Indian journal of veterinary science and animal husbandry - Volume 4,
Year: 1934
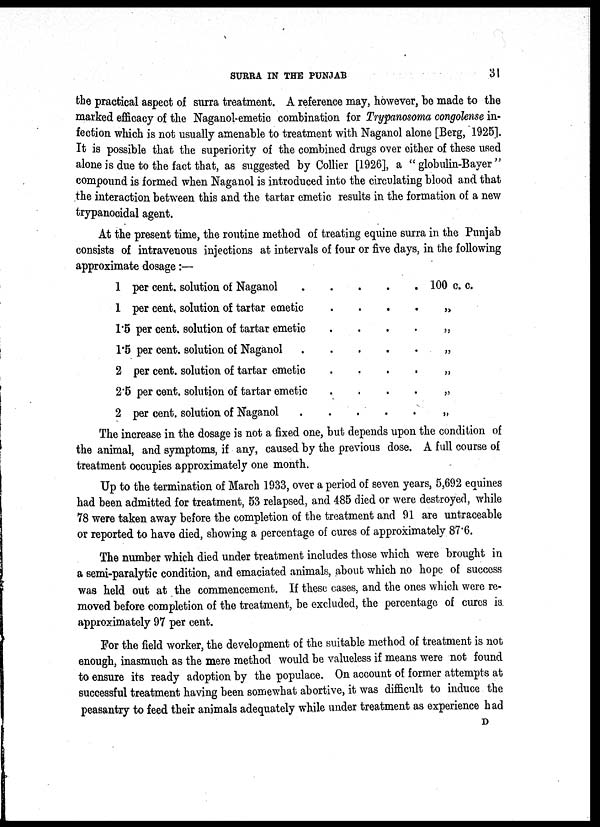
SURRA IN THE PUNJAB
31
the practical aspect of surra treatment. A reference may, however, be made to the
marked efficacy of the Naganol emetic combination for Trypanosoma congolense in-
fection which is not usually amenable to treatment with Naganol alone [Berg, 1925].
It is possible that the superiority of the combined drugs over either of these used
alone is due to the fact that, as suggested by Collier [1926], a " globulin-Bayer "
compound is formed when Naganol is introduced into the circulating blood and that
the interaction between this and the tartar emetic results in the formation of a new
trypanocidal agent.
At the present time, the routine method of treating equine surra in the Punjab
consists of intravenous injections at intervals of four or five days, in the following
approximate dosage:—
1 per cent. solution of Naganol
.
.
.
. .
1 per cent. solution of tartar emetic . . . .
1.5 per cent. solution of tartar emetic . . . .
1.5 per cent. solution of Naganol . . . . .
2 per cent. solution of tartar emetic . . . .
2.5 per cent. solution of tartar emetic . . . .
2 per cent. solution of Naganol
.
.
.
.
.
100 c. c.
„
„
„
„
„
„
The increase in the dosage is not a fixed one, but depends upon the condition of
the animal, and symptoms, if any, caused by the previous dose. A full course of
treatment occupies approximately one month.
Up to the termination of March 1933, over a period of seven years, 5,692 equines
had been admitted for treatment, 53 relapsed, and 485 died or were destroyed, while
78 were taken away before the completion of the treatment and 91 are untraceable
or reported to have died, showing a percentage of cures of approximately 87.6.
The number which died under treatment includes those which were brought in
a semi-paralytic condition, and emaciated animals, about which no hope of success
was held out at the commencement. If these cases, and the ones which were re-
moved before completion of the treatment, be excluded, the percentage of cures is
approximately 97 per cent.
For the field worker, the development of the suitable method of treatment is not
enough, inasmuch as the mere method would be valueless if means were not found
to ensure its ready adoption by the populace. On account of former attempts at
successful treatment having been somewhat abortive, it was difficult to induce the
peasantry to feed their animals adequately while under treatment as experience had
D